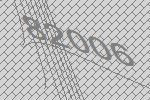
82006